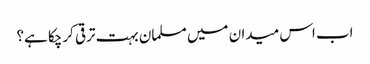
اب اس میدان میں مسلمان بہت ترقی کرچکا ہے؟